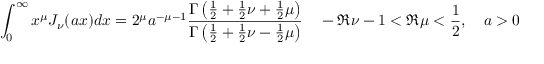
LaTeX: \int _ { 0 } ^ { \infty } x ^ { \mu } J _ { \nu } ( a x ) d x = 2 ^ { \mu } a ^ { - \mu - 1 } \frac { \Gamma \left( \frac { 1 } { 2 } + \frac { 1 } { 2 } \nu + \frac { 1 } { 2 } \mu \right) } { \Gamma \left( \frac { 1 } { 2 } + \frac { 1 } { 2 } \nu - \frac { 1 } { 2 } \mu \right) } \quad - \Re \nu - 1 < \Re \mu < \frac { 1 } { 2 } , \quad a > 0